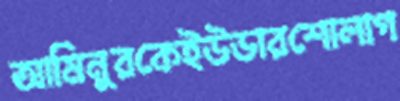
আমিনুরকেইউডারশোলাগ